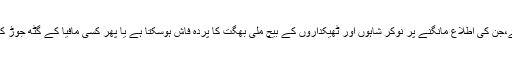
ایسا ان معاملوں میں ہو سکتا ہے،جن کی اطلاع مانگنے پر نوکر شاہوں اور ٹھیکداروں کے بیچ ملی بھگت کا پردہ فاش ہوسکتا ہے یا پھر کسی مافیا کے گٹھ جوڑ کے بارے میں پتہ چل سکتا ہے۔